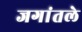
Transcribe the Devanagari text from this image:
जगांतले